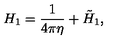
H _ { 1 } = { \frac { 1 } { 4 \pi \eta } } + \tilde { H } _ { 1 } ,